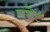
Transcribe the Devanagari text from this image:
एशेंट